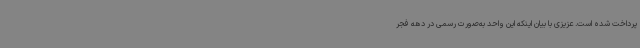
پرداخت شده است. عزیزی با بیان اینکه این واحد به‌صورت رسمی در دهه فجر